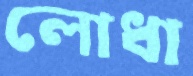
লোধা